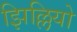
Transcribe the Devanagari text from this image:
झिल्लियो